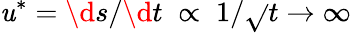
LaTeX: \mathit{u}^{*}=\d{s}/\d{t}\; \propto\; 1/\sqrt{}{{t}}\rightarrow\infty